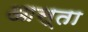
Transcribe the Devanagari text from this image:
आस्ता